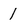
Character: 1